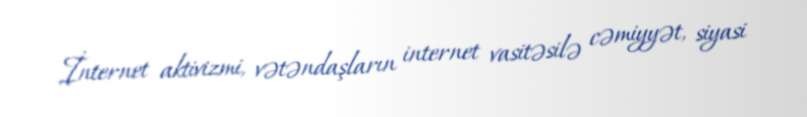
İnternet aktivizmi, vətəndaşların internet vasitəsilə cəmiyyət, siyasi